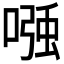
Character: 𭉹